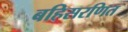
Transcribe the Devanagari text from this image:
बहिसरणित